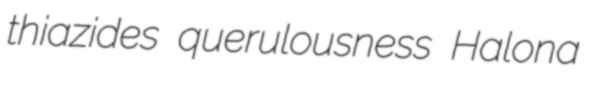
thiazides querulousness Halona